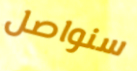
سنواصل